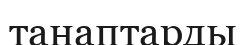
танаптарды